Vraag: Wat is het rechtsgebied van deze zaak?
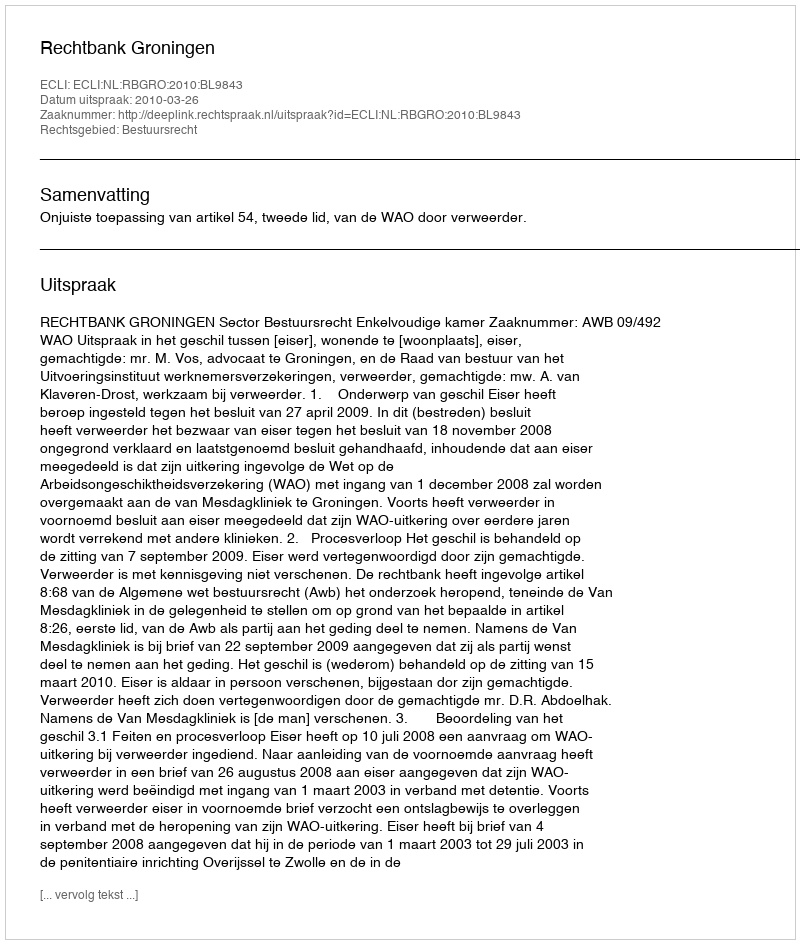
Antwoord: Bestuursrecht